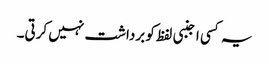
یہ کسی اجنبی لفظ کو برداشت نہیں کرتی۔